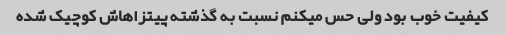
کیفیت خوب بود ولی حس میکنم نسبت به گذشته پیتزاهاش کوچیک شده